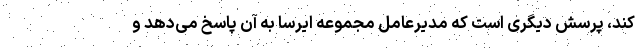
کند، پرسش دیگری است که مدیرعامل مجموعه ایرسا به آن پاسخ می‌دهد و